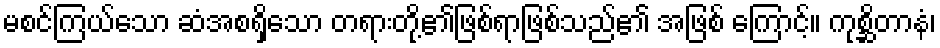
မစင်ကြယ်သော ဆံအစရှိသော တရားတို့၏ဖြစ်ရာဖြစ်သည်၏ အဖြစ် ကြောင့်။ ကုစ္ဆိတာနံ၊